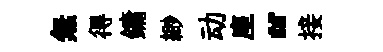
無得鏞緲动座“接